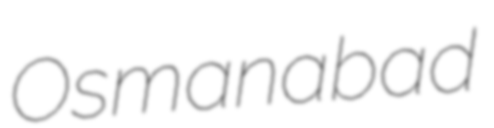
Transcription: Osmanabad